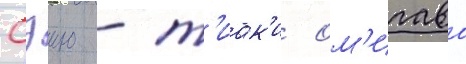
Сэию - т'иак'и ом'игава